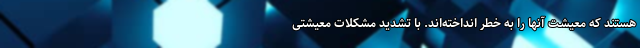
هستند که معیشت آنها را به خطر انداخته‌اند. با تشدید مشکلات معیشتی